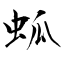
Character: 蛌